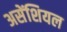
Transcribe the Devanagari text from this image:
असेंशियल